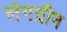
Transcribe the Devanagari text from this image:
लंगग्रीन